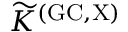
{ \widetilde K } ^ { \mathrm { { ( G C , X ) } } }